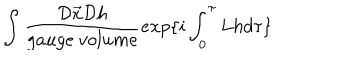
LaTeX: \int \frac { { \cal D } \vec { x } { \cal D } h } { g a u g e \ v o l u m e } e x p \{ i \int _ { 0 } ^ { \tau } L h d \tau \}